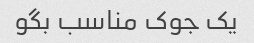
یک جوک مناسب بگو